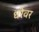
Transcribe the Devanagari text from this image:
धरेवर